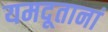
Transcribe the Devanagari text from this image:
यमदूतानां